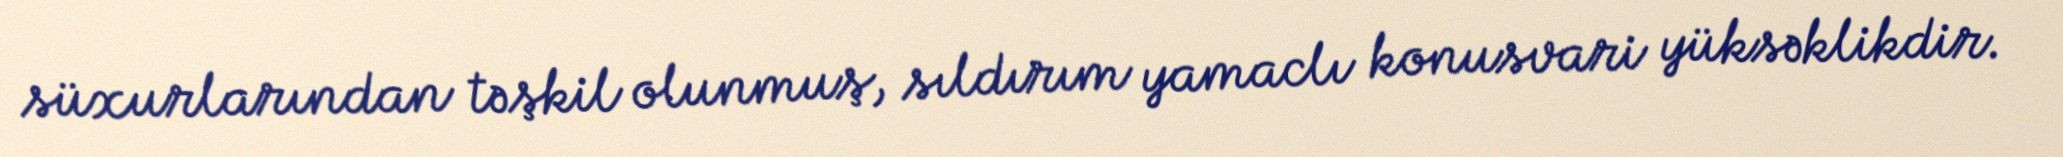
süxurlarından təşkil olunmuş, sıldırım yamaclı konusvari yüksəklikdir.